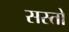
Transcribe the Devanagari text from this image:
सस्तो